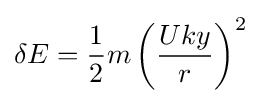
\delta E={\frac {1}{2}}m\left({\frac {Uky}{r}}\right)^{2}